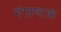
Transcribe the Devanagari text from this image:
गंगाष्टकं